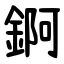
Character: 錒